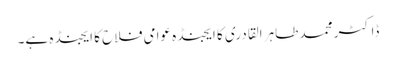
ڈاکٹر محمد طاہر القادری کا ایجنڈہ عوامی فلاح کا ایجنڈہ ہے۔